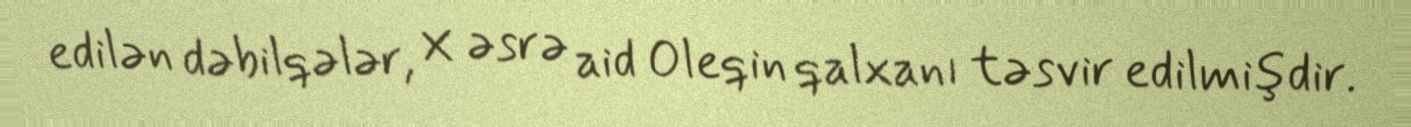
edilən dəbilqələr, X əsrə aid Oleqin qalxanı təsvir edilmişdir.